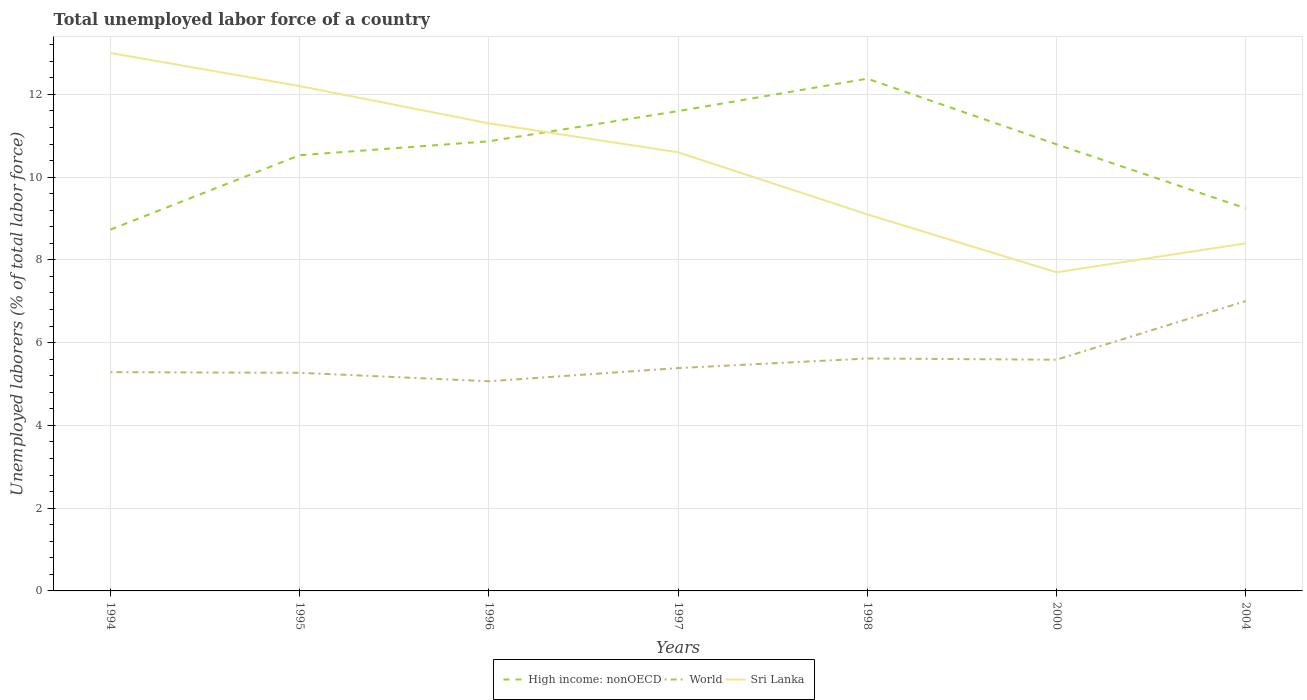
| Years | High income: nonOECD | World | Sri Lanka |
 | --- | --- | --- | --- |
 | 1994 | 8.73 | 5.29 | 13 |
 | 1995 | 10.5 | 5.27 | 12.2 |
 | 1996 | 10.9 | 5.07 | 11.3 |
 | 1997 | 11.6 | 5.39 | 10.6 |
 | 1998 | 12.4 | 5.62 | 9.1 |
 | 2000 | 10.8 | 5.59 | 7.7 |
 | 2004 | 9.25 | 7.01 | 8.4 |